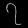
Digit: ၇